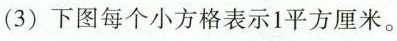
(3) 下图每个小方格表示 1 平方厘米。